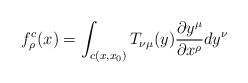
\begin{align*}f_{\rho}^{c}(x) = \int_{c(x,x_{0})} T_{\nu \mu}(y)\frac {\partial y^{\mu}}{\partial x^{\rho}} d y^{\nu}\end{align*}